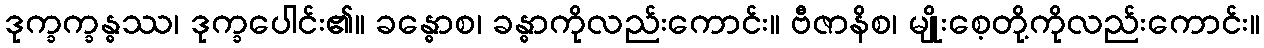
ဒုက္ခက္ခန္ဓဿ၊ ဒုက္ခပေါင်း၏။ ခန္ဓောစ၊ ခန္ဓာကိုလည်းကောင်း။ ဗီဇာနိစ၊ မျိုးစေ့တို့ကိုလည်းကောင်း။